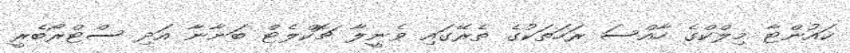
ކައުންޓާ މިލްކްގެ ހާއްސަ ރަހަތަކުގެ ތެރޭގައި ވެނީލާ ޗޮކްލެޓް ބަނާނާ އަދި ސްޓްރޯބެރީ